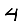
Digit: 4